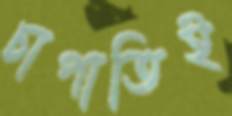
চাপাতিই